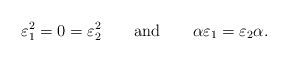
LaTeX: \begin{align*}\varepsilon_1^2=0=\varepsilon_2^2\qquad\textrm{and}\qquad\alpha\varepsilon_1=\varepsilon_2\alpha.\end{align*}